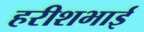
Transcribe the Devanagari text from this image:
हरीशभाई